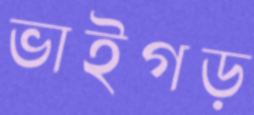
ভাইগড়